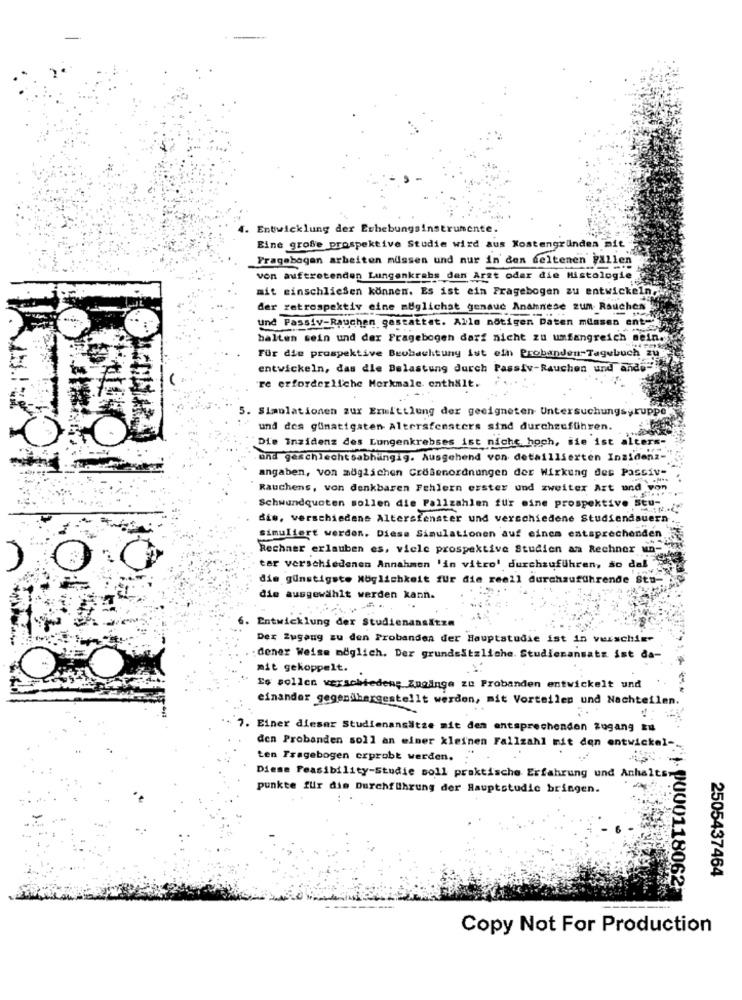
I. Entwicklung der Erhebungsinstrumente.
Eine große prospektive Studie wird aus Kostengründen mit
Fragebogen arbeiten müssen und nur in den seltenen yallen
von auftretenden Lungenkrebs den Arzt oder die Histologie
mit einschließen können. Es ist ein Fragebogen zu entwickeln,
der retrospektiv eine möglichst genaue Anamnese zum Rauchen
und Passiv-Rauchen gestattet. Alle nötigen Daten messen ent-
halten sein und der Fragebogen darf nicht zu umfangreich sein.
Für die prospektive Beobachtung ist ein Probanden-Tagebuch zu
entwickeln, das die Belastung durch Passiv-Rauchen und ando-
re erforderliche Merkmale. enthält.
S. Simulationen zur Ermittlung der geeigneten Untersuchungsyruppe
und des günstigsten Altersfensters sind durchzuführen.
Die Inzidenz des Lungenkrebses ist nicht hoch, sie ist alters-
und geschlechtsabhängig. Ausgehend von detaillierten Inzidenz-
angaben, von möglichen CruBenordnungen der Wirkung des Passiv-
Rauchens, von denkbaren Fehlern erster und zweiter Art und von
Schwundquoten sollen die Pallzahlen fur eine prospektive Stu-
dis, verschiedene Altersfenster und verschiedene Studiendauern
simuliert werden. Diese Simulationen auf einem entsprechenden ..
Rechner erlauben es, viele prospektive Studien am Rechner un-
tar verschiedenen Annahmen 'in vitro' durchzuführen, so dal
die günstigste Möglichkeit fur die reell durchzuführende Stu-
die ausgewählt werden kann.
Entwicklung der Studienans&t
Der Zugang zu den Probanden der Hauptstudie ist in verschie-
dener Weise möglich. Der grundsätzliche. Studienansatz ist da-
mit gekoppelt.
Is sollen verschiedene Zugänge zu Probanden entwickelt und
einander gegenilhergestellt werden, mit Vorteilen und Nachteilen.
7. Einer dieser Studienansätze mit den entsprechenden zugang Eu
den Probanden soll an einer kleinen Fallzahl mit den entwickel -.
ten Fragebogen erprobt werden.
Diese Feasibility-Studie soll praktische Erfahrung und Anhalts
punkte fur die Durchführung der Hauptstudie bringen.
2505437464
PU00118062
Copy Not For Production